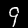
Digit: 9